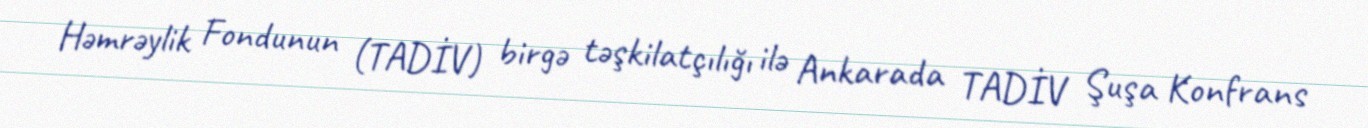
Həmrəylik Fondunun (TADİV) birgə təşkilatçılığı ilə Ankarada TADİV Şuşa Konfrans